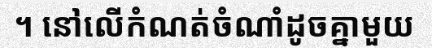
។ នៅលើកំណត់ចំណាំដូចគ្នាមួយ